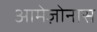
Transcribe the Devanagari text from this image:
आमेज़ोनास